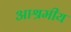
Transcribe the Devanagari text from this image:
आश्रमीय